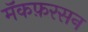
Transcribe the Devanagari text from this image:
मॅकफ़रसन